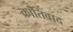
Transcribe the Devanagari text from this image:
क्रांतिवाद